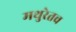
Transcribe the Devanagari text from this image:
मथुरेतच